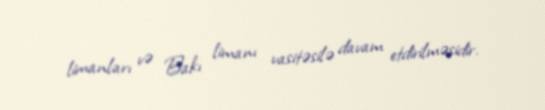
limanları və Bakı limanı vasitəsilə davam etdirilməsidir.